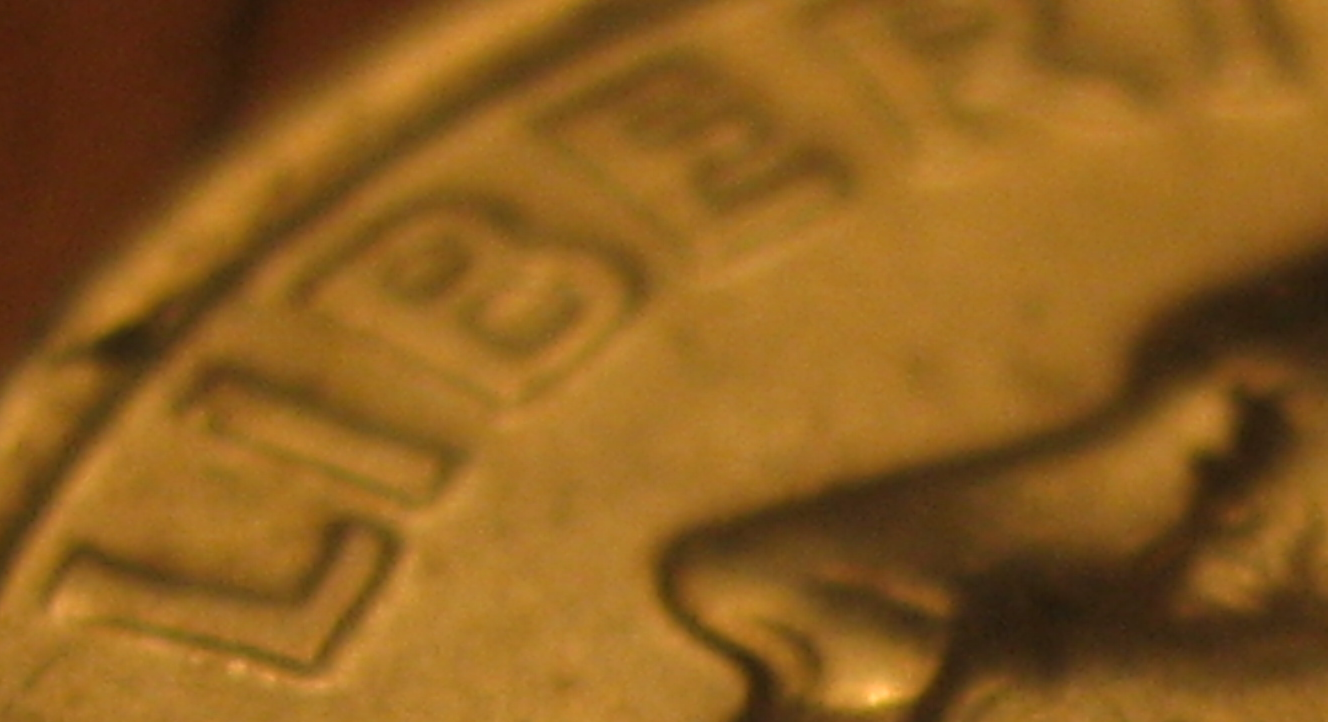
LIBER